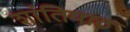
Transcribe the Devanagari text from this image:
शांतिपाठ